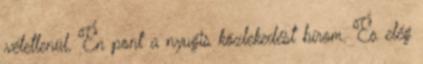
véletlenül. Én pont a nyugis közlekedést bírom. És elég